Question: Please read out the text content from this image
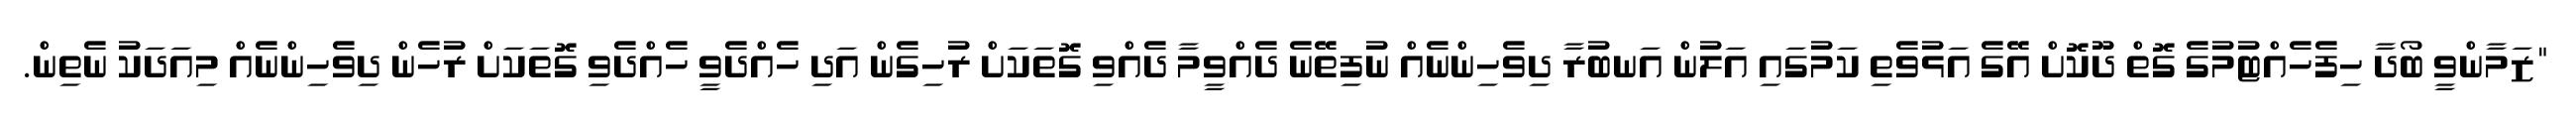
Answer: "ޒަމާންވީ ބޯދާ ހިފެހެއްޓުމުގެ ގޮތް ދޫކޮށް އޭގެ އަޅުވެތި ކަމުގައި އަލުން އަނބުރާ ދިވެހިންނެއް ނުފިތޭނެ ދެއްވީމާ ދެއްވި ގޮތަކަށް ރުހިގެން އަދި ހެއްދެވީ ހެއްދެވި ގޮތަކަށް ރުހެން ދިވެހިންނެއް މިއަދަކު ނެތިން.